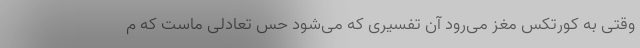
وقتی به کورتکس مغز می‌رود آن تفسیری که می‌شود حس تعادلی ماست که م